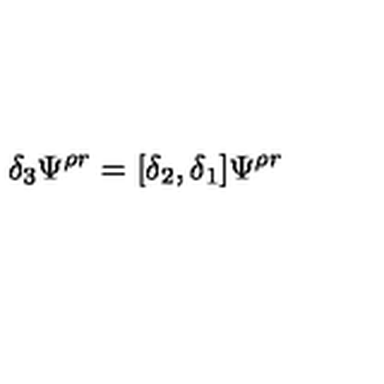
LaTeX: \delta _ { 3 } \Psi ^ { \rho r } = [ \delta _ { 2 } , \delta _ { 1 } ] \Psi ^ { \rho r }